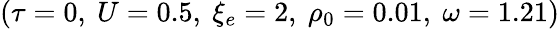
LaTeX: (\tau=0,~U=0.5,~\xi_{e}=2,~\rho_{0}=0.01,~\omega=1.21)